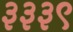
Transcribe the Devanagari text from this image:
३३३९